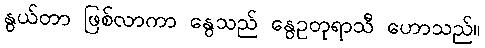
နွယ်တာ ဖြစ်လာကာ နွေသည် နွေဥတုရာသီ ဟောသည်။